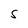
Character: S